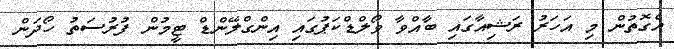
އެގޮތުން މި އަހަރު ރަޝިއާގައި ބާއްވާ ވޯލްޑްކަޕުގައި އިންގްލޭންޑް ޓީމުން ފުރުސަތު ހޯދަން